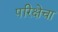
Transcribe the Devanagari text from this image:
परिक्षेचा